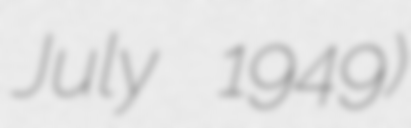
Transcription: July 1949)